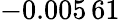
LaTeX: -0.005\, 61